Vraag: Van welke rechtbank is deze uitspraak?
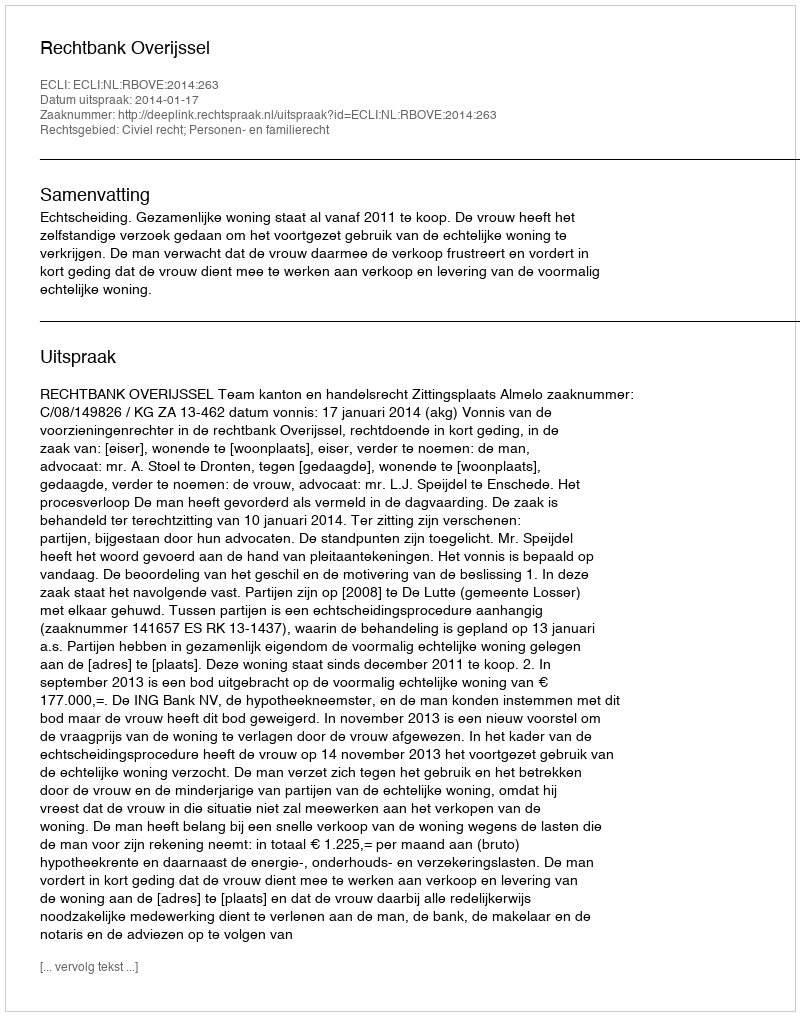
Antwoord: Rechtbank Overijssel